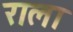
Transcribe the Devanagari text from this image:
राला